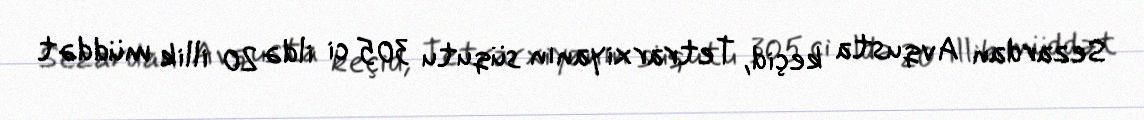
Sezardan Avqusta keçid, Tetrarxiyanın süqutu 305 ci ildə 20 illik müddət